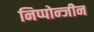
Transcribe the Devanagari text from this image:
निप्पोन्जीन